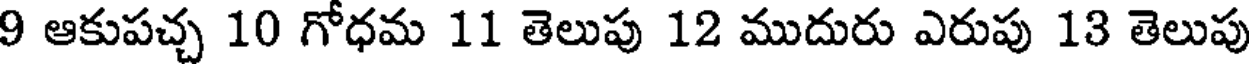
9 ఆకుపచ్చ 10 గోధమ 11 తెలుపు 12 ముదురు ఎరుపు 13 తెలుపు